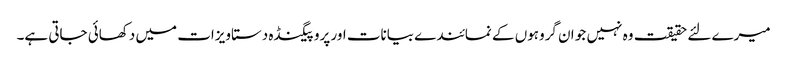
میرے لئے حقیقت وہ نہیں جو ا ن گروہوں کے نمائندے بیانات اور پروپیگنڈہ دستاویزات میں دکھائی جاتی ہے۔